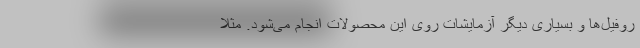
روفیل‌ها و بسیاری دیگر آزمایشات روی این محصولات انجام می‌شود. مثلا